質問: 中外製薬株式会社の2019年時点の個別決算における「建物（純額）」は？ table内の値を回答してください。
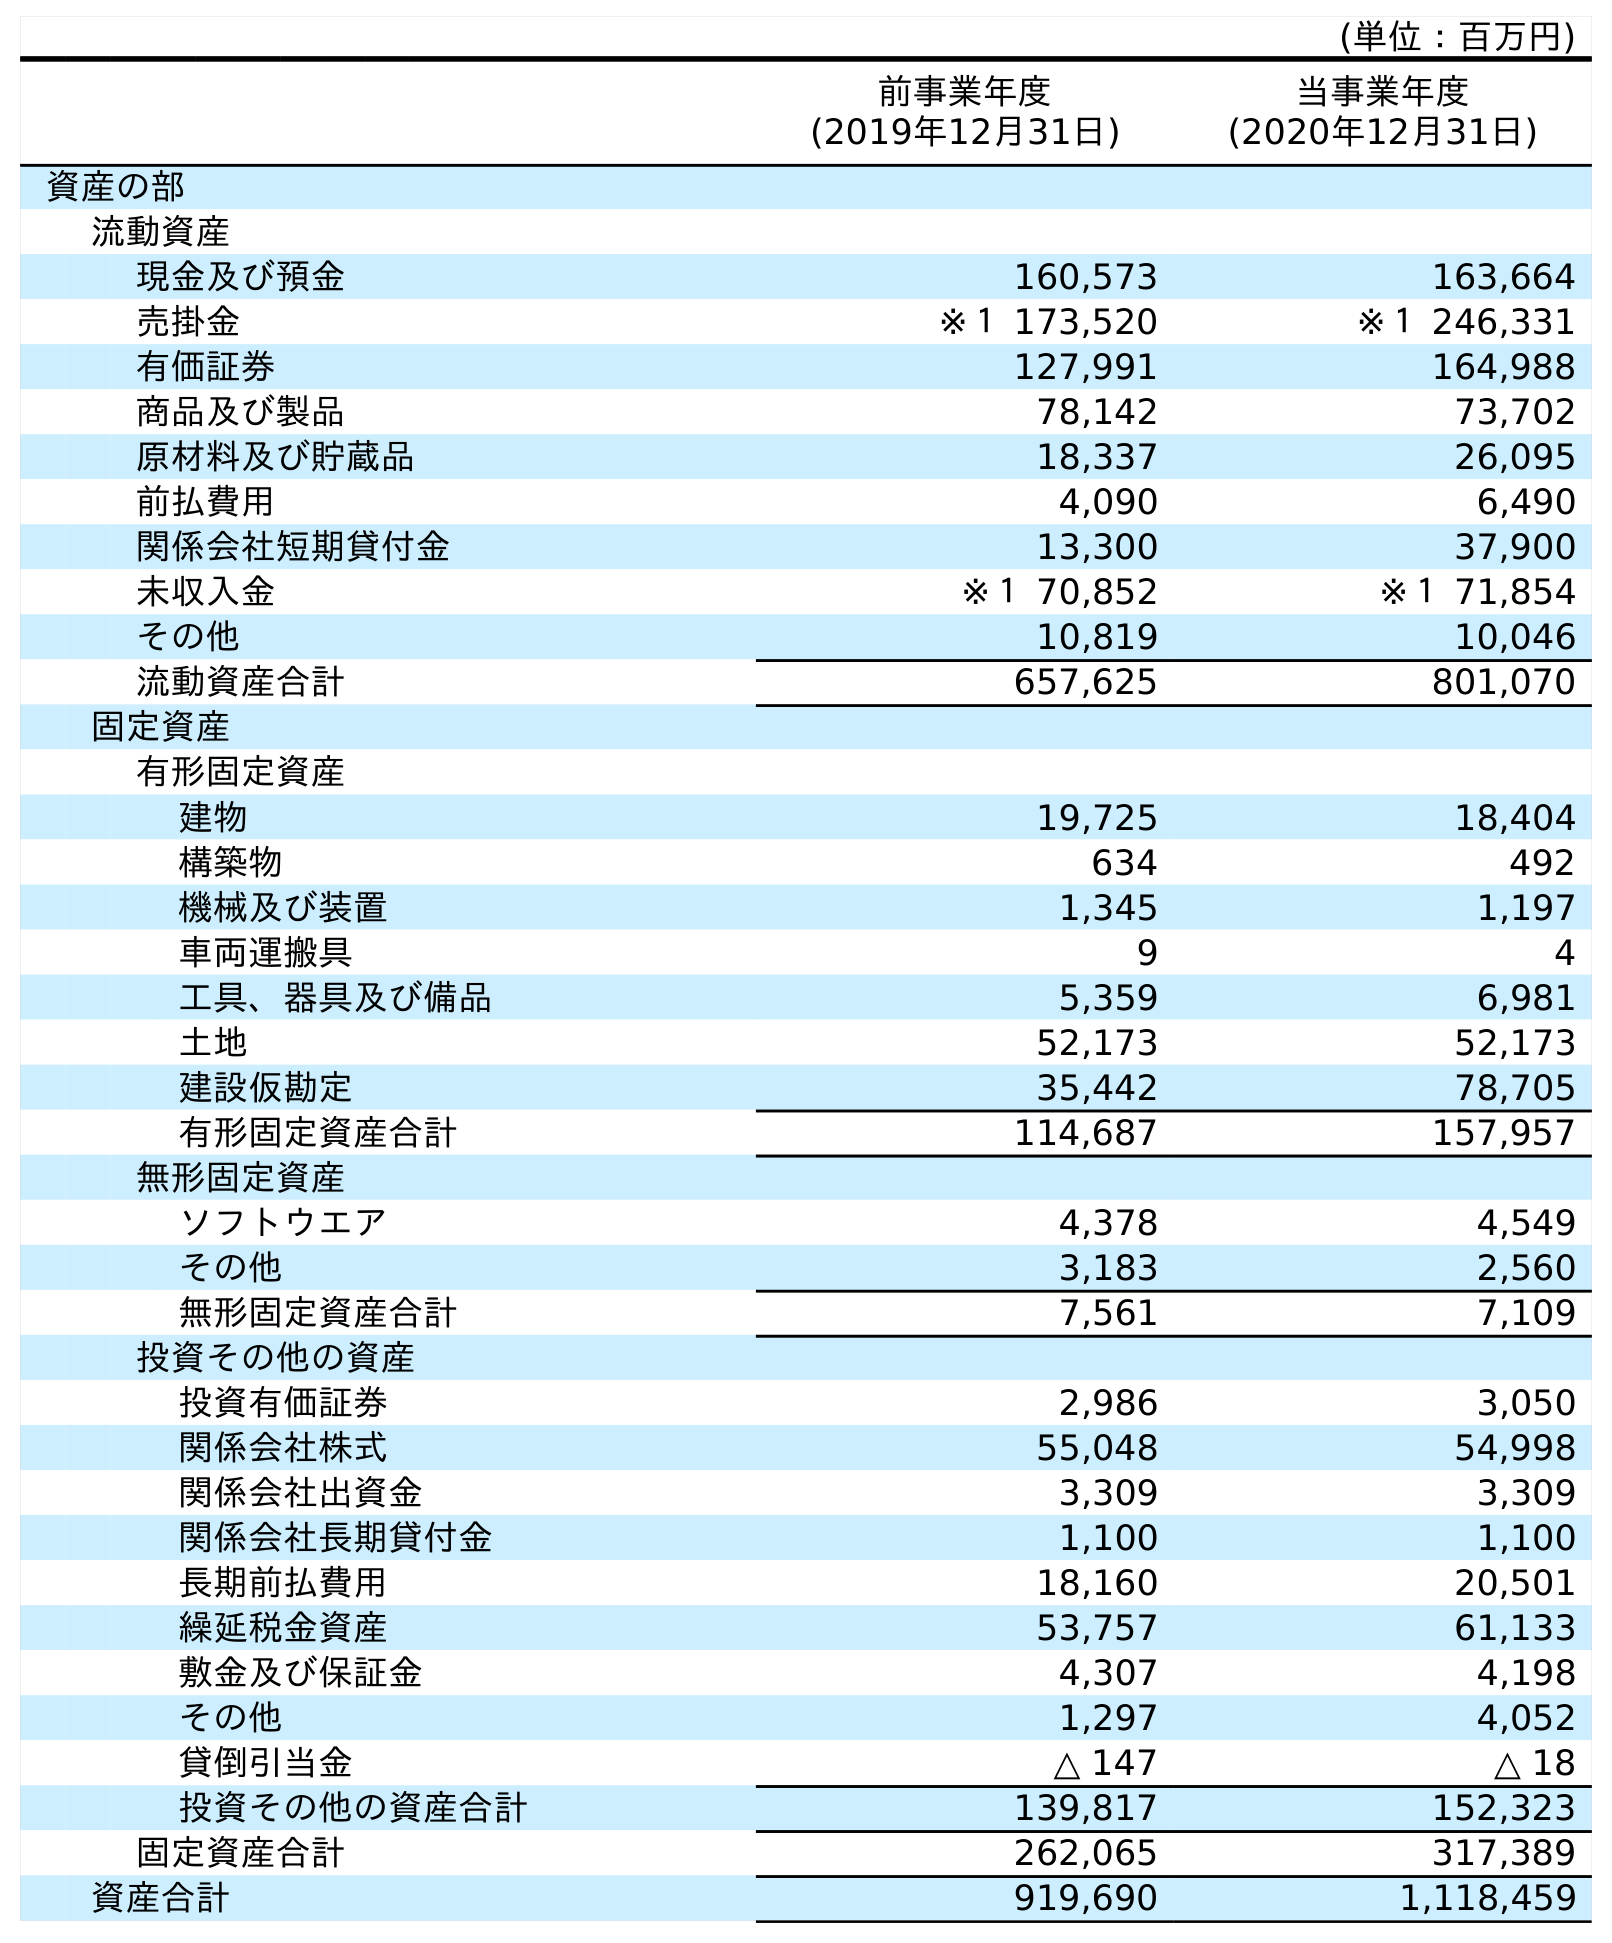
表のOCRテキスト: (単位：百万円) 前事業年度 (2019年12月31日) 当事業年度 (2020年12月31日) 資産の部 流動資産 現金及び預金 160,573 163,664 売掛金 ※１ 173,520 ※１ 246,331 有価証券 127,991 164,988 商品及び製品 78,142 73,702 原材料及び貯蔵品 18,337 26,095 前払費用 4,090 6,490 関係会社短期貸付金 13,300 37,900 未収入金 ※１ 70,852 ※１ 71,854 その他 10,819 10,046 流動資産合計 657,625 801,070 固定資産 有形固定資産 建物 19,725 18,404 構築物 634 492 機械及び装置 1,345 1,197 車両運搬具 9 4 工具、器具及び備品 5,359 6,981 土地 52,173 52,173 建設仮勘定 35,442 78,705 有形固定資産合計 114,687 157,957 無形固定資産 ソフトウエア 4,378 4,549 その他 3,183 2,560 無形固定資産合計 7,561 7,109 投資その他の資産 投資有価証券 2,986 3,050 関係会社株式 55,048 54,998 関係会社出資金 3,309 3,309 関係会社長期貸付金 1,100 1,100 長期前払費用 18,160 20,501 繰延税金資産 53,757 61,133 敷金及び保証金 4,307 4,198 その他 1,297 4,052 貸倒引当金 △ 147 △ 18 投資その他の資産合計 139,817 152,323 固定資産合計 262,065 317,389 資産合計 919,690 1,118,459
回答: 19,725